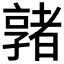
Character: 𡦡